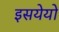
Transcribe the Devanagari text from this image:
इसयेयों